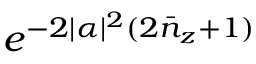
e ^ { - 2 | \alpha | ^ { 2 } ( 2 \bar { n } _ { z } + 1 ) }